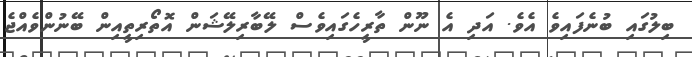
ބިލުގައި ބުނެފައިވެ އެވެ. އަދި އެ ނޫން ތާރީހެގައިވެސް ލޭބާރިލޭޝަން އޮތޯރިތީއިން ބޭނުންވެއްޖެ